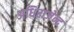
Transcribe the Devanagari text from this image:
अधिराजेन्द्र